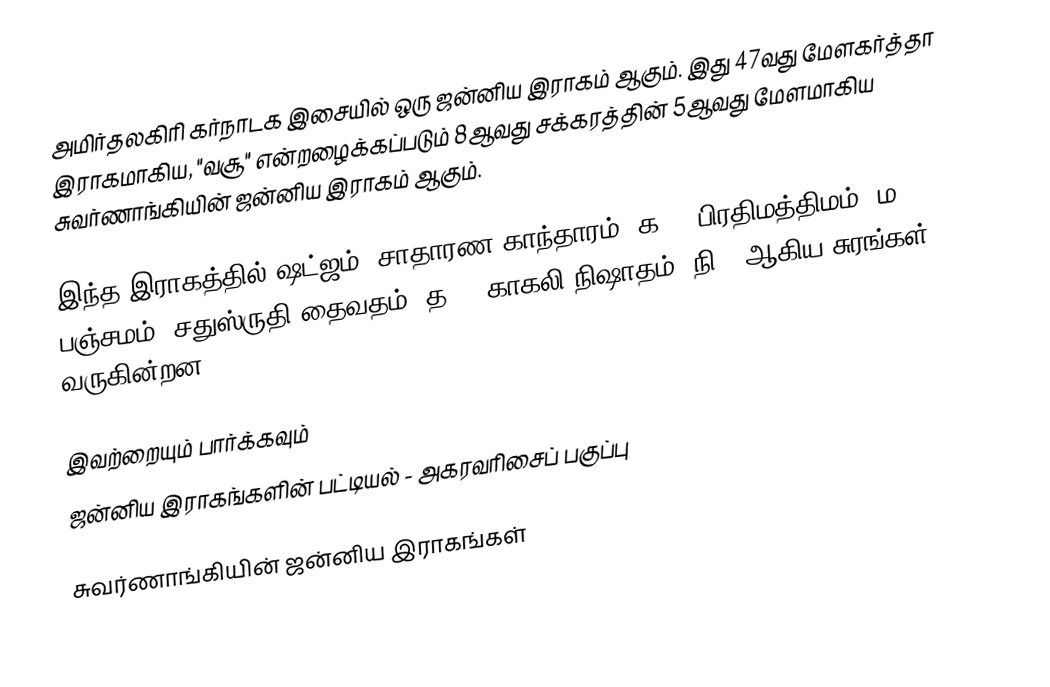
அமிர்தலகிரி கர்நாடக இசையில் ஒரு ஜன்னிய இராகம் ஆகும். இது 47வது மேளகர்த்தா இராகமாகிய, "வசூ" என்றழைக்கப்படும் 8ஆவது சக்கரத்தின் 5ஆவது மேளமாகிய சுவர்ணாங்கியின் ஜன்னிய இராகம் ஆகும்.

இந்த இராகத்தில் ஷட்ஜம், சாதாரண காந்தாரம் (க2), பிரதிமத்திமம் (ம2), பஞ்சமம், சதுஸ்ருதி தைவதம் (த2), காகலி நிஷாதம் (நி3) ஆகிய சுரங்கள் வருகின்றன.

இவற்றையும் பார்க்கவும்
 ஜன்னிய இராகங்களின் பட்டியல் - அகரவரிசைப் பகுப்பு

சுவர்ணாங்கியின் ஜன்னிய இராகங்கள்